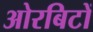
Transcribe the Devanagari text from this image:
ओरबिटों